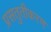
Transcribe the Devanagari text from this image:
प्रसतुतीकरण